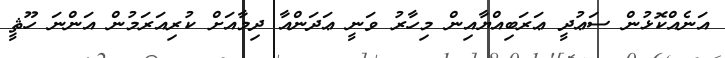
އަނެއްކޮޅުން ސަޢުދީ ޢަރަބިއްޔާއިން މިހާރު ވަނީ ޢަދަންއާ ދިމާއަށް ކުރިއަރަމުން އަންނަ ހޫޘީ